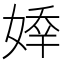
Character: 𡟡